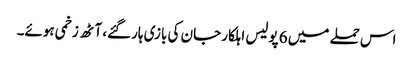
اس حملے میں 6 پولیس اہلکار جان کی بازی ہارگئے، آٹھ زخمی ہوئے۔